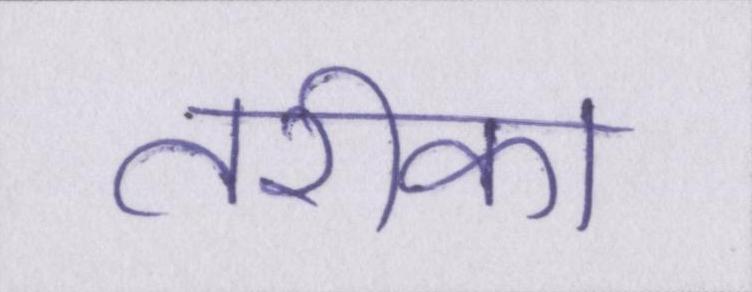
तरीका